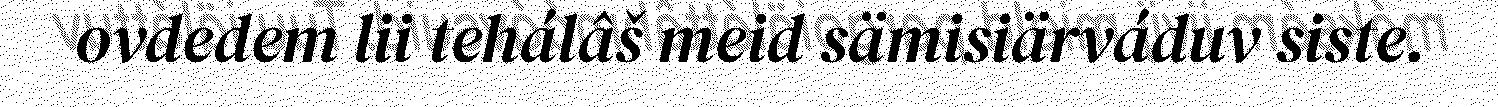
ovdedem lii tehálâš meid sämisiärváduv siste.